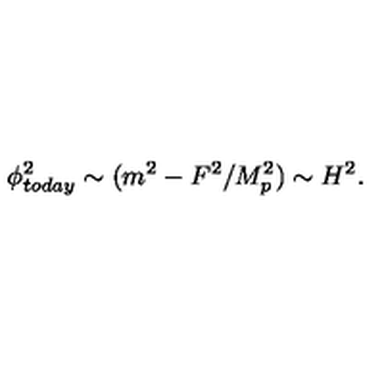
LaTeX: \phi _ { t o d a y } ^ { 2 } \sim ( m ^ { 2 } - F ^ { 2 } / M _ { p } ^ { 2 } ) \sim H ^ { 2 } .